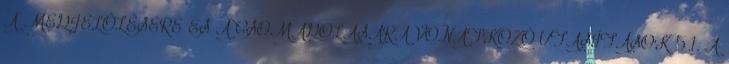
A MEGJELÖLÉSÉRE ÉS A CSOMAGOLÁSÁRA VONATKOZÓ UTASÍTÁSOK 5.1. A